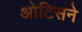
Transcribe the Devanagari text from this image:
ओटिसने